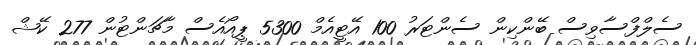
ސެލްފްސާވިސް ބޭންކިން ސެންޓަރު 100 އޭޓީއެމް 5300 ޕީއޯއެސް މާޗަންޓުން 277 ކޭޝް